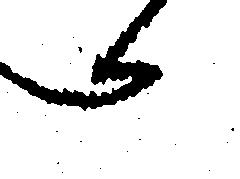
へ